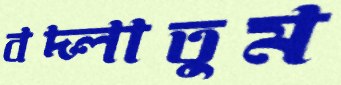
বদ্‌লাতুম